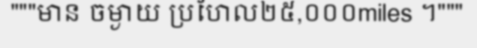
"""មាន ចម្ងាយ ប្រហែល២៥,០០០miles ។"""